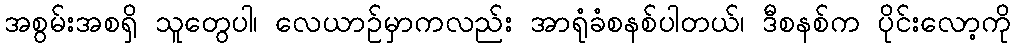
အစွမ်းအစရှိ သူတွေပါ၊ လေယာဉ်မှာကလည်း အာရုံခံစနစ်ပါတယ်၊ ဒီစနစ်က ပိုင်းလော့ကို